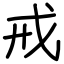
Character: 戒